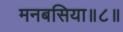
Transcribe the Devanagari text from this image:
मनबसिया॥८॥